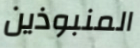
المنبوذين